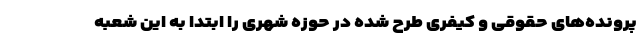
پرونده‌های حقوقی و کیفری طرح شده در حوزه شهری را ابتدا به این شعبه